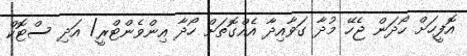
އޮފީހަށް ހޯދަން ޖެހޭ މުދާ ގަވާއިދާ އެއްގޮތަށް ހޯދާ އިންވެންޓްރީ/ އަދި ސްޓޮކް